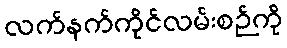
လက်နက်ကိုင်လမ်းစဉ်ကို